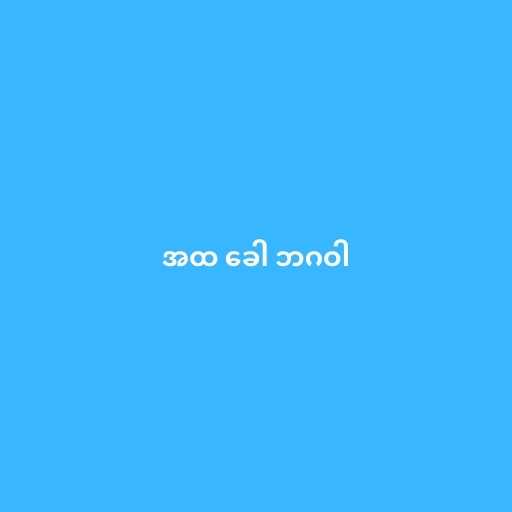
အထ ခေါ ဘဂဝါ